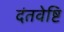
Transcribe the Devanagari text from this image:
दंतवेष्टि